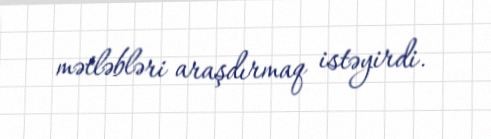
mətləbləri araşdırmaq istəyirdi.